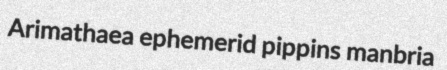
Arimathaea ephemerid pippins manbria